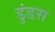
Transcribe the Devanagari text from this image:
डुंडस